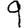
Digit: 9